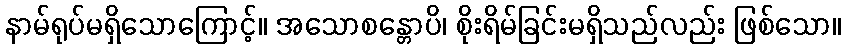
နာမ်ရုပ်မရှိသောကြောင့်။ အသောစန္တောပိ၊ စိုးရိမ်ခြင်းမရှိသည်လည်း ဖြစ်သော။